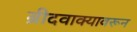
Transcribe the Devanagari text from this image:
ब्रीदवाक्यावरून